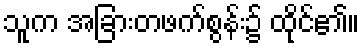
သူက အခြားတဖက်စွန်း၌ ထိုင်၏။